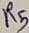
Text: R5